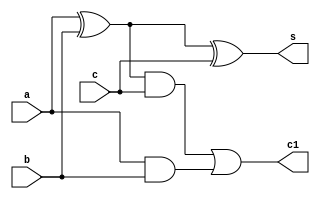
`timescale 1ns / 1ps
//////////////////////////////////////////////////////////////////////////////////
// Company: 
// Engineer: 
// 
// Design Name: 
// Module Name:    sixteen 
// Project Name: 
// Target Devices: 
// Tool versions: 
// Description: 
//
// Dependencies: 
//
// Revision: 
// Revision 0.01 - File Created
// Additional Comments: 
//
//////////////////////////////////////////////////////////////////////////////////
module bit_adder(a,b,c,s,c1);
input a,b,c;
output s,c1;
wire p,q,r;
xor g1(p,a,b);
xor g2(s,p,c);
and g3(q,p,c);
and g4(r,a,b);
or g5(c1,q,r);
endmodule

module four(a,b,ci,s,c1);
input [3:0]a,b;
input ci;
output [3:0]s;
output c1;
wire [0:2]d;
bit_adder g1(a[0],b[0],ci,s[0],d[0]);
bit_adder g2(a[1],b[1],d[0],s[1],d[1]);
bit_adder g3(a[2],b[2],d[1],s[2],d[2]);
bit_adder g4(a[3],b[3],d[2],s[3],c1);
endmodule


module sixteen(a,b,ci,s,c1);
input [15:0]a,b;
input ci;
output [15:0]s;
output c1;
wire [2:0]d;
four g1(a[3:0],b[3:0],ci,s[3:0],d[0]);
four g2(a[7:4],b[7:4],d[0],s[7:4],d[1]);
four g3(a[11:8],b[11:8],d[1],s[11:8],d[2]);
four g4(a[15:12],b[15:12],d[2],s[15:12],c1);

endmodule